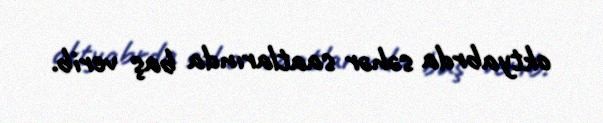
oktyabrda səhər saatlarında baş verib.